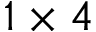
1 \times 4